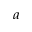
_ a